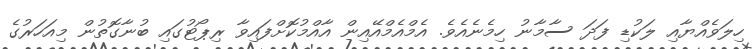
ހިލަވެއްޔާއި ލަކުޑި ފަދަ ސާމާނު ހިމެނެއެވެ. އެމްއެމްއޭއިން އާއްމުކޮށްފައިވާ ރިޕޯޓުގައި ބުނާގޮތުން މިއަހަރުގެ